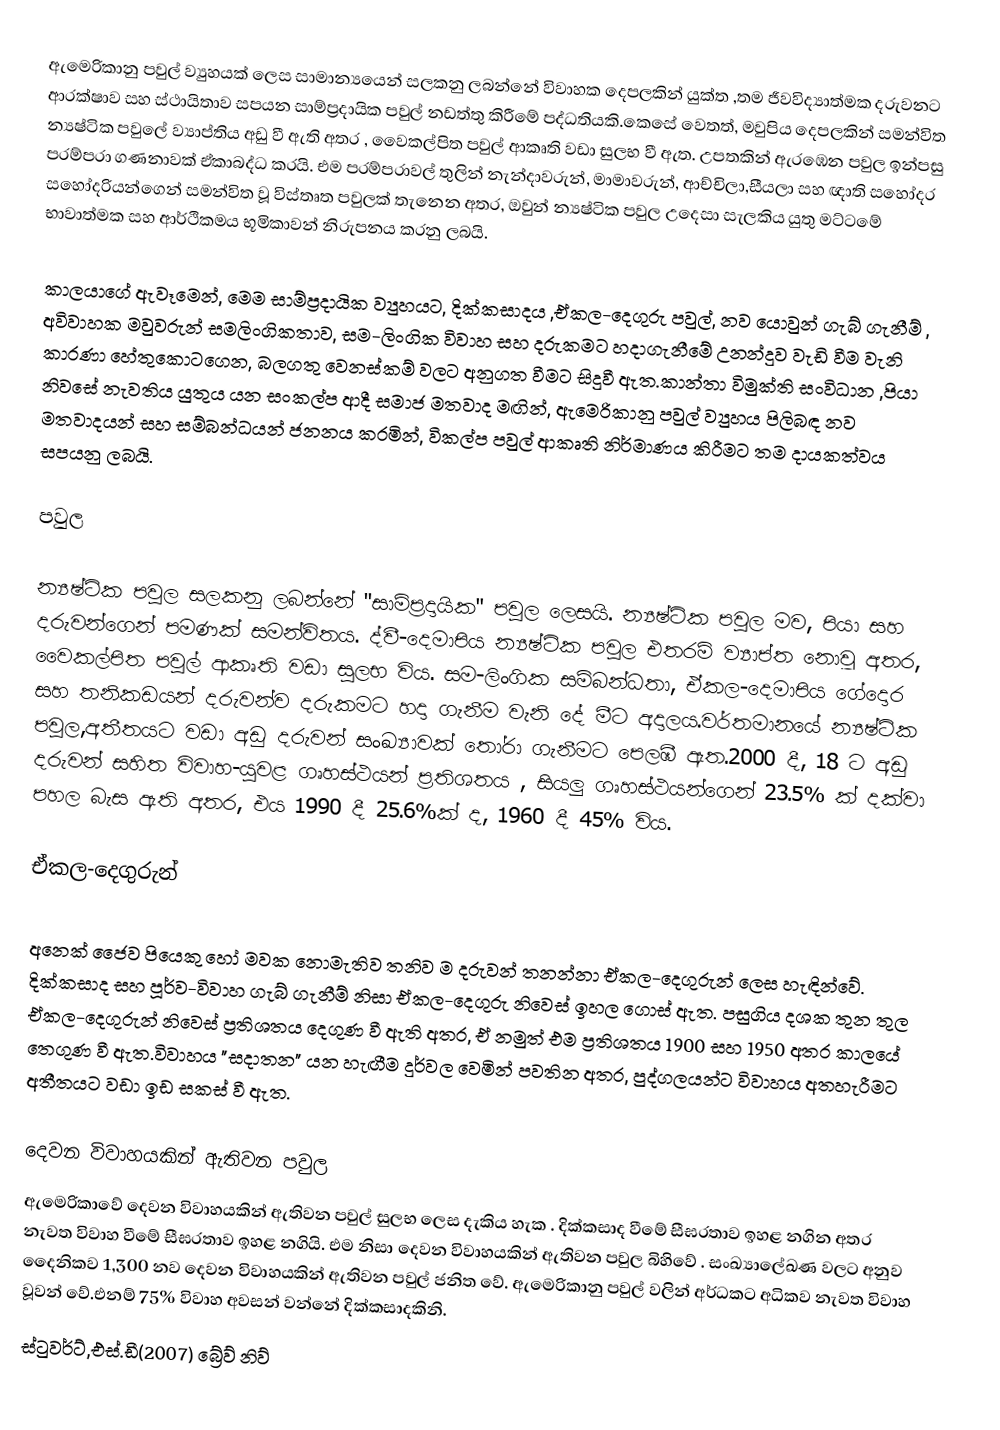
ඇමෙරිකානු පවුල් ව්‍යුහයක් ලෙස සාමාන්‍යයෙන් සලකනු ලබන්නේ විවාහක දෙපලකින් යුක්ත ,තම ජීවවිද්‍යාත්මක දරුවනට ආරක්ෂාව සහ ස්ථායිතාව සපයන සාම්ප්‍රදායික පවුල් නඩත්තු කිරීමේ පද්ධතියකි.කෙසේ වෙතත්, මවුපිය දෙපලකින් සමන්විත න්‍යෂ්ටික පවුලේ ව්‍යාප්තිය අඩු වී ඇති අතර , වෛකල්පිත පවුල් ආකෘති වඩා සුලභ වී ඇත. උපතකින් ඇරඹෙන පවුල ඉන්පසු පරම්පරා ගණනාවක් ඒකාබද්ධ කරයි. එම පරම්පරාවල් තුලින් නැන්දාවරුන්, මාමාවරුන්, ආච්චිලා,සීයලා සහ  ඥාති සහෝදර සහෝදරියන්ගෙන් සමන්විත වූ විස්තෘත පවුලක් තැනෙන අතර, ඔවුන් න්‍යෂ්ටික පවුල උදෙසා සැලකිය යුතු මට්ටමේ භාවාත්මක සහ ආර්ථිකමය භූමිකාවන් නිරුපනය කරනු ලබයි.

කාලයාගේ ඇවෑමෙන්, මෙම සාම්ප්‍රදායික ව්‍යුහයට, දික්කසාදය ,ඒකල-දෙගුරු පවුල්, නව යොවුන් ගැබ් ගැනීම් , අවිවාහක මවුවරුන් සමලිංගිකතාව, සම-ලිංගික විවාහ සහ දරුකමට හදාගැනීමේ උනන්දුව වැඩි වීම වැනි කාරණා හේතුකොටගෙන, බලගතු වෙනස්කම් වලට අනුගත වීමට සිදුවී ඇත.කාන්තා විමුක්ති සංවිධාන ,පියා නිවසේ නැවතිය යුතුය යන සංකල්ප ආදී සමාජ මතවාද මඟින්, ඇමෙරිකානු පවුල් ව්‍යුහය පිලිබඳ  නව මතවාදයන් සහ සම්බන්ධයන් ජනනය කරමින්, විකල්ප පවුල් ආකෘති නිර්මාණය කිරීමට  තම දායකත්වය සපයනු ලබයි.

පවුල

න්‍යෂ්ටික පවුල  සලකනු ලබන්නේ  "සාම්ප්‍රදායික" පවුල ලෙසයි.  න්‍යෂ්ටික පවුල මව, පියා සහ  දරුවන්ගෙන් පමණක් සමන්විතය.  ද්වී-දෙමාපිය න්‍යෂ්ටික පවුල එතරම් ව්‍යාප්ත නොවූ අතර, වෛකල්පිත පවුල් ආකෘති වඩා සුලභ විය. සම-ලිංගික සම්බන්ධතා, ඒකල-දෙමාපිය ගේදොර සහ තනිකඩයන් දරුවන්ව  දරුකමට හදා ගැනීම වැනි දේ මීට අදාලය.වර්තමානයේ න්‍යෂ්ටික පවුල,අතීතයට වඩා අඩු දරුවන් සංඛ්‍යාවක්  තෝරා ගැනීමට පෙලඹී ඇත.2000 දී,  18 ට අඩු දරුවන් සහිත විවාහ-යුවළ ගෘහස්ථයන්  ප්‍රතිශතය , සියලු ගෘහස්ථයන්ගෙන් 23.5%  ක් දක්වා   පහල බැස ඇති අතර, එය 1990 දී 25.6%ක් ද, 1960 දී  45%  විය.

ඒකල-දෙගුරුන්

අනෙක් ජෛව පියෙකු හෝ මවක නොමැතිව තනිව ම දරුවන් තනන්නා ඒකල-දෙගුරුන් ලෙස හැඳින්වේ. දික්කසාද සහ පූර්ව-විවාහ ගැබ් ගැනීම්   නිසා ඒකල-දෙගුරු නිවෙස්  ඉහල ගොස් ඇත. පසුගිය  දශක තුන තුල ඒකල-දෙගුරුන් නිවෙස්  ප්‍රතිශතය දෙගුණ වී ඇති අතර, ඒ නමුත් එම ප්‍රතිශතය  1900 සහ 1950 අතර කාලයේ තෙගුණ  වී ඇත.විවාහය  "සදාතන" යන  හැඟීම දුර්වල වෙමින් පවතින අතර,  පුද්ගලයන්ට විවාහය අතහැරීමට අතීතයට වඩා ඉඩ සකස් වී ඇත.

දෙවන විවාහ‍යකින් ඇතිවන පවුල
ඇමෙරිකාවේ දෙවන විවාහ‍යකින් ඇතිවන පවුල් සුලභ ලෙස දැකිය හැක . දික්කසාද වීමේ සීඝ‍්‍රතාව ඉහළ නගින අතර නැවත විවාහ වීමේ සීඝ‍්‍රතාව ඉහළ නගියි. එම නිසා දෙවන විවාහ‍යකින් ඇතිවන පවුල‍ බිහිවේ . සංඛ්‍යාලේඛණ වලට අනුව  දෛනිකව  1,300 නව දෙවන විවාහ‍යකින් ඇතිවන පවුල් ජනිත වේ. ඇමෙරිකානු පවුල්  වලින් අර්ධකට අධිකව  නැවත විවාහ වූවන් වේ.එනම් 75%  විවාහ   අවසන් වන්නේ දික්කසාදකිනි.
ස්ටුවර්ට්,එස්.ඩී(2007) බ්‍රේව් නිව්